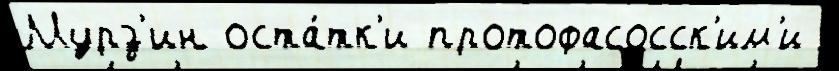
Мурз'ин оста́тк'и протофасосск'им'и